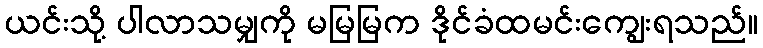
ယင်းသို့ ပါလာသမျှကို မမြမြက ဒိုင်ခံထမင်းကျွေးရသည်။